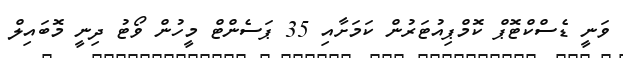
ވަނީ ޑެސްކްޓޮޕް ކޮމްޕިއުޓަރުން ކަމަށާއި 35 ޕަސެންޓް މީހުން ވޯޓު ދިނީ މޮބައިލް